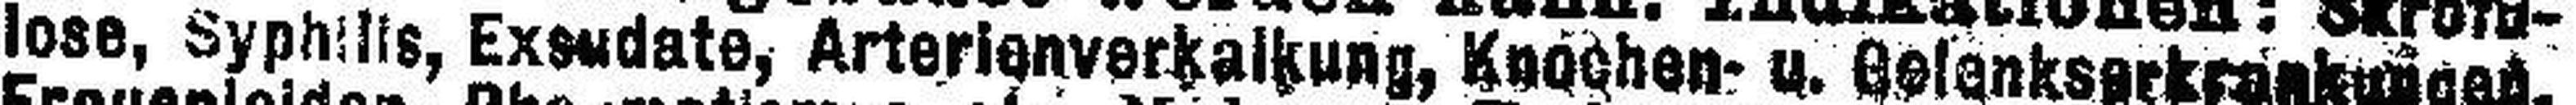
lose, Syphilis, Exsudate, Arterlenverkalkung, Knochen- u. Gelenkserkrankungen